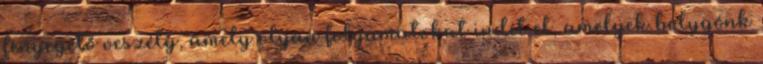
fenyegető veszély, amely olyan folyamatokat indít el, amelyek bolygónk